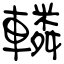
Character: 轔